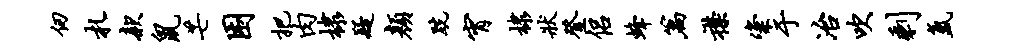
仞札款鼠芒困把肉棣疑颜跣宵棣状登侣蜂篇襟粢于冶吹剩氲